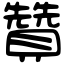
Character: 贊